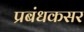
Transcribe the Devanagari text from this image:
प्रबंधकसर